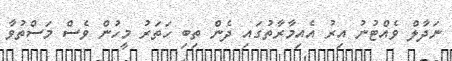
ނަދާލް ވެއްޓުނު އިރު އެއިމާރާތުގައި ދެން ތިބި ހަތަރު މީހުން ވެސް މަސްތުވާ